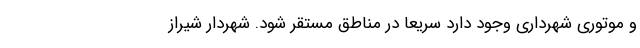
و موتوری شهرداری وجود دارد سریعا در مناطق مستقر شود. شهردار شیراز